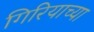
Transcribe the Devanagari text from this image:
गिरियाच्या